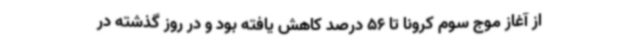
از آغاز موج سوم کرونا تا 56 درصد کاهش یافته بود و در روز گذشته در